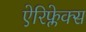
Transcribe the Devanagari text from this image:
ऐरिफ्लेक्स